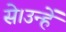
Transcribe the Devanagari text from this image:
से।उन्हें